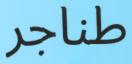
طناجر